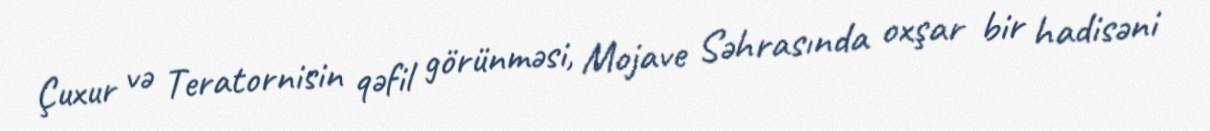
Çuxur və Teratornisin qəfil görünməsi, Mojave Səhrasında oxşar bir hadisəni